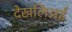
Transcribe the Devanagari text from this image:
देखलिअई